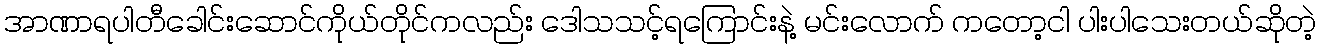
အာဏာရပါတီခေါင်းဆောင်ကိုယ်တိုင်ကလည်း ဒေါသသင့်ရကြောင်းနဲ့ မင်းလောက် ကတော့ငါ ပါးပါသေးတယ်ဆိုတဲ့